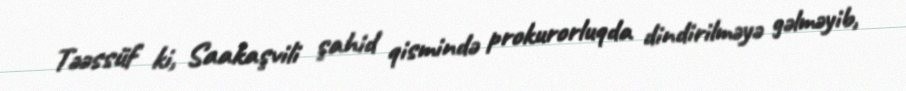
Təəssüf ki, Saakaşvili şahid qismində prokurorluqda dindirilməyə gəlməyib,